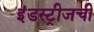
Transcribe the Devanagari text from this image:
इंडस्ट्रीजची